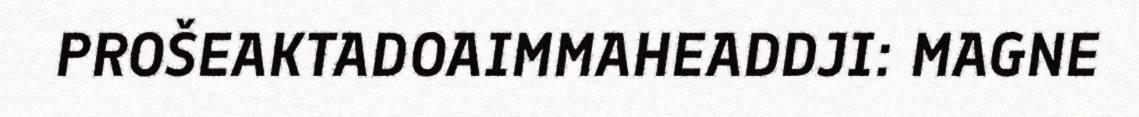
PROŠEAKTADOAIMMAHEADDJI: MAGNE